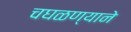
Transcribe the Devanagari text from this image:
चघळण्याने